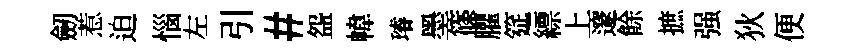
劒惹迫惱左引#盌幃璿墨篠臞筵縹上邃餘摭强狄便